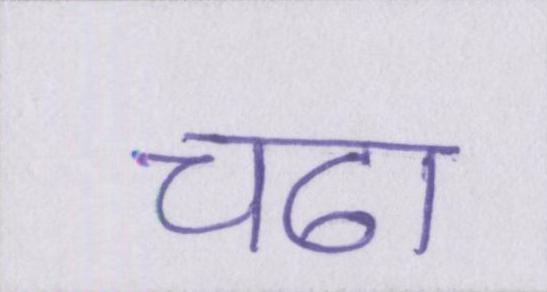
चढा